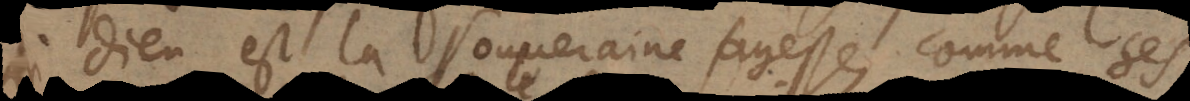
Dieu est la souveraine sagesse, comme ses